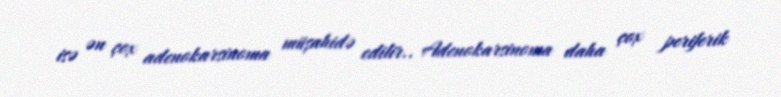
isə ən çox adenokarsinoma müşahidə edilir.. Adenokarsinoma daha çox periferik